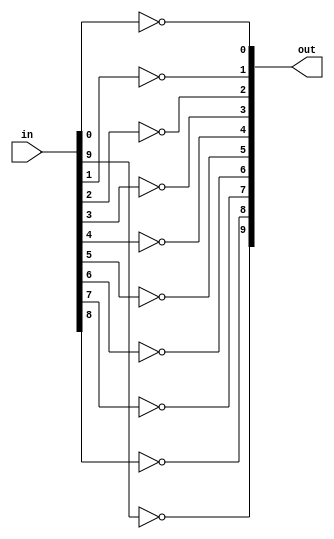
module inv10 (out, in);

   input [9:0]  in;

   output [9:0] out;

   not i1 (out[0], in[0]);
   not i2 (out[1], in[1]);
   not i3 (out[2], in[2]);
   not i4 (out[3], in[3]);
   not i5 (out[4], in[4]);
   not i6 (out[5], in[5]);
   not i7 (out[6], in[6]);
   not i8 (out[7], in[7]);
   not i9 (out[8], in[8]);
   not i10 (out[9], in[9]);

endmodule // inv10